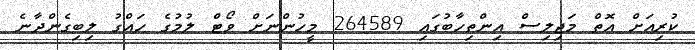
ކުރިއަށް އޮތް މަޖިލިސް އިންތިހާބުގައި 264589 މީހުންނަށް ވޯޓް ލުމުގެ ހައްގު ލިބިގެންދާނެ